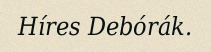
Híres Debórák.